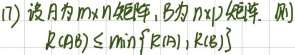
(17) 设\(A\)为\(m\times n\)矩阵，\(B\)为\(n\times p\)矩阵，则\(R(AB)\leq\min\{R(A),R(B)\}\)